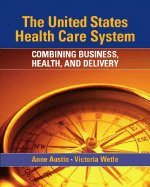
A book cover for The United States Health Care System ,Combining Business, Health, &Delivery 2007 publication; Business & Money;